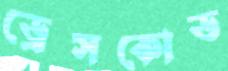
ড্রেসকোড